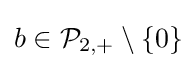
b\in {\mathcal {P}}_{2,+}\setminus \{0\}